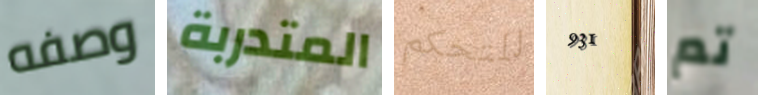
وصفه المتدربة للتحكم 931 تم